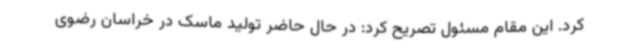
کرد. این مقام مسئول تصریح کرد: در حال حاضر تولید ماسک در خراسان رضوی